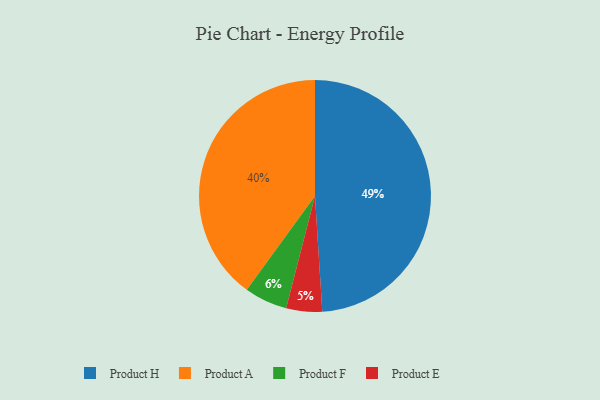
{"axis": {"x": "Category", "y": "Percentage"}, "legend": ["Product A", "Product E", "Product F", "Product H"], "data": [{"x": "Product E", "y": 5, "type": "Product E"}, {"x": "Product A", "y": 40, "type": "Product A"}, {"x": "Product F", "y": 6, "type": "Product F"}, {"x": "Product H", "y": 49, "type": "Product H"}]}